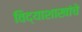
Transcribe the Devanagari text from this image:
विद्याशाखांचे